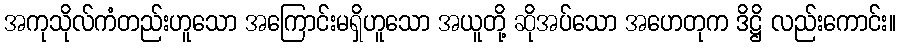
အကုသိုလ်ကံတည်းဟူသော အကြောင်းမရှိဟူသော အယူတို့ ဆိုအပ်သော အဟေတုက ဒိဋ္ဌိ လည်းကောင်း။